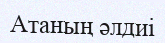
Атаның әлдиі